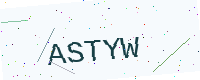
Text: ASTYW